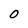
Character: O